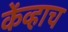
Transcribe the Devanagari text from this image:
केंव्हाच